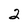
Character: 2